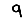
Digit: 9